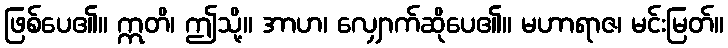
ဖြစ်ပေ၏။ ဣတိ၊ ဤသို့။ အာဟ၊ လျှောက်ဆိုပေ၏။ မဟာရာဇ၊ မင်းမြတ်။